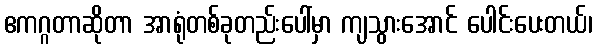
ဧကဂ္ဂတာဆိုတာ အာရုံတစ်ခုတည်းပေါ်မှာ ကျသွားအောင် ပေါင်းပေးတယ်၊